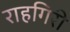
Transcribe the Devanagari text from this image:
राहगिरी